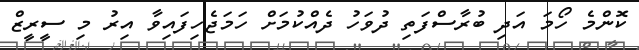
ކޮންމެ ހޯމަ އަދި ބުރާސްފަތި ދުވަހު ދެއްކުމަށް ހަމަޖެހިފައިވާ އިރު މި ސީރީޒް